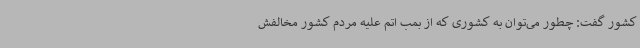
کشور گفت: چطور می‌توان به کشوری که از بمب اتم علیه مردم کشور مخالفش